Annual report of the Civil Veterinary Department, Bengal, and of the Bengal Veterinary College, for the year 1902-1903 - 1902-1903
Year: 1902
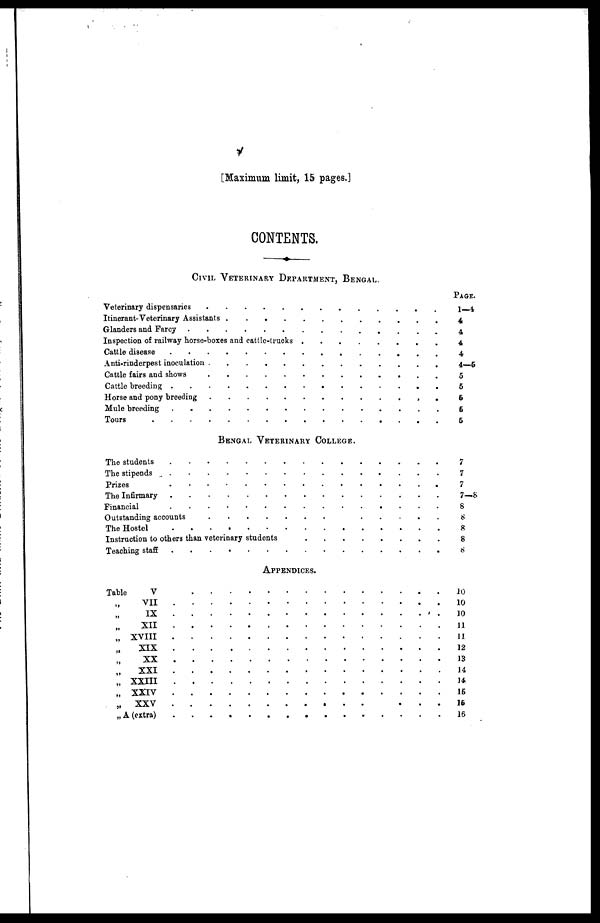
[Maximum limit, 15 pages.]
CONTENTS.
CIVIL VETERINARY DEPARTMENT, BENGAL
Veterinary Dispensaries ......................................
Itinerant Veterinary Assistants ..................................................
Glanders and Farcy ..............................................
Inspection of railway horse-boxes and cattle-trucks ................
Cattle diseases .....................................................
Anti-Riderpest inoculation .........................................
Cattle fairs and shows ........................................
Cattle breeding
Horse and pony breeding
Mule breeding
Tours ..........................................................................
BENGAL VETERINARY COLLEGE.
The students ........................................................
The stipends ...........................................................
Prizes ................................................................
The Infirmary ..........................................................
Financial ....................................................................
Outstanding accounts
The Hostel .........................
Instruction to others than veterinary students .........................
Teaching staff .............................................
APPENDICES.
Table
V
„ VII
„ IX
„
XII
„ XVIII
„
XIX
„ XX
„
XXI
„ XXIII
„ XXIV
„
XXV
„ A (extra)
PAGE.
1—4
4
4
4
4
4—5
5
5
5
5
5
7
7
7
7—8
8
8
8
8
8
10
10
10
11
11
12
13
14
14
15
15
16